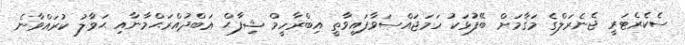
ސެކެރެޓަރީ ޖެނެރަލްގެ މަޤާމަށް ބޭފުޅަކު ހަމަޖައްސަވާފައިވާތީ އިބްރާހީމް ޝިފާޙް ޢަބްދުއްރަޙްމާނާއި ޙަވާލު ކުރައްވާނެ